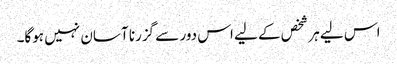
اس لیے ہر شخص کے لیے اس دور سے گزرنا آسان نہیں ہوگا۔